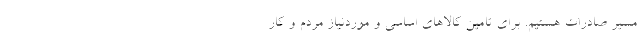
مسیر صادرات هستیم. برای تامین کالاهای اساسی و موردنیاز مردم و کار